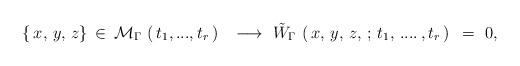
LaTeX: \begin{align*}\{ \, x, \, y, \, z \} \, \in \, {\cal M}_{\Gamma} \, \left( \, t_1, ..., t_{r} \, \right){}~~\longrightarrow~{\tilde W}_{\Gamma} \, \left ( \, x, \, y, \, z, \,; \, t_1, \, ....\, , t_r \, \right )~=~0,\end{align*}